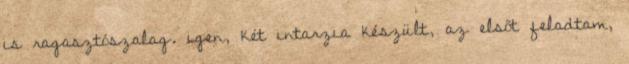
is ragasztószalag. igen, két intarzia készült, az elsőt feladtam,